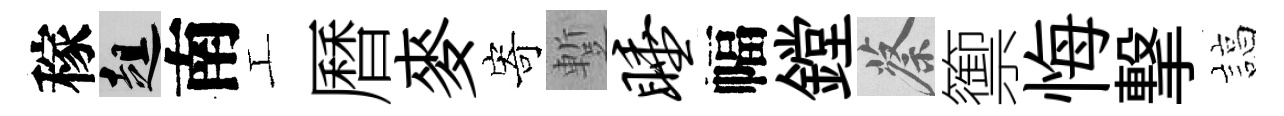
稼趄南工曆麥寄蹔睡幅鏜蔡籞悔撃諄